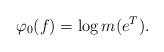
LaTeX: \begin{align*}\varphi_0(f)=\log m(e^T).\end{align*}